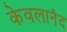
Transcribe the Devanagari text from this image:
केवलानंद